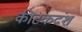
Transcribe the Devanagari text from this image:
कीटकदंश